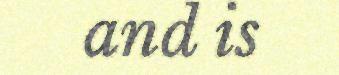
and is